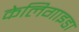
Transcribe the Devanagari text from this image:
केलिगाइडा